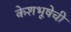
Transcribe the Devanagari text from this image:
केशभूषेची